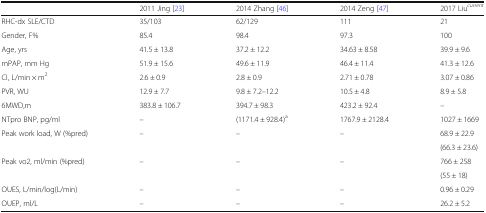
<table><thead><tr><td></td><td><b>2011 Jing [23]</b></td><td><b>2014 Zhang [46]</b></td><td><b>2014 Zeng [47]</b></td><td><b>2017 Liu<sup><i>current</i></sup></b></td></tr></thead><tbody><tr><td>RHC-dx SLE/CTD</td><td>35/103</td><td>62/129</td><td>111</td><td>21</td></tr><tr><td>Gender, F%</td><td>85.4</td><td>98.4</td><td>97.3</td><td>100</td></tr><tr><td>Age, yrs</td><td>41.5 ± 13.8</td><td>37.2 ± 12.2</td><td>34.63 ± 8.58</td><td>39.9 ± 9.6</td></tr><tr><td>mPAP, mm Hg</td><td>51.9 ± 15.6</td><td>49.6 ± 11.9</td><td>46.4 ± 11.4</td><td>41.3 ± 12.6</td></tr><tr><td>CI, L/min × m<sup>2</sup></td><td>2.6 ± 0.9</td><td>2.8 ± 0.9</td><td>2.71 ± 0.78</td><td>3.07 ± 0.86</td></tr><tr><td>PVR, WU</td><td>12.9 ± 7.7</td><td>9.8 ± 7.2–12.2</td><td>10.5 ± 4.8</td><td>8.9 ± 5.8</td></tr><tr><td>6MWD,m</td><td>383.8 ± 106.7</td><td>394.7 ± 98.3</td><td>423.2 ± 92.4</td><td>–</td></tr><tr><td>NTpro BNP, pg/ml</td><td>–</td><td>(1171.4 ± 928.4)<sup>a</sup></td><td>1767.9 ± 2128.4</td><td>1027 ± 1669</td></tr><tr><td rowspan="2">Peak work load, W (%pred)</td><td rowspan="2">–</td><td rowspan="2">–</td><td rowspan="2">–</td><td>68.9 ± 22.9</td></tr><tr><td>(66.3 ± 23.6)</td></tr><tr><td rowspan="2">Peak vo2, ml/min (%pred)</td><td rowspan="2">–</td><td rowspan="2">–</td><td rowspan="2">–</td><td>766 ± 258</td></tr><tr><td>(55 ± 18)</td></tr><tr><td>OUES, L/min/log(L/min)</td><td>–</td><td>–</td><td>–</td><td>0.96 ± 0.29</td></tr><tr><td>OUEP, ml/L</td><td>–</td><td>–</td><td>–</td><td>26.2 ± 5.2</td></tr></tbody></table>